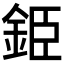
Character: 𨦍